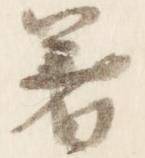
着